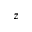
z